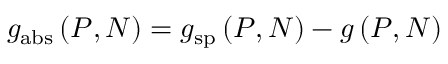
g _ { \mathrm { a b s } } \left( P , N \right) = g _ { \mathrm { s p } } \left( P , N \right) - g \left( P , N \right)